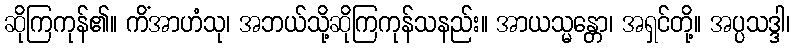
ဆိုကြကုန်၏။ ကိံအာဟံသု၊ အဘယ်သို့ဆိုကြကုန်သနည်း။ အာယသ္မန္တော၊ အရှင်တို့။ အပ္ပသဒ္ဒါ၊